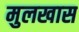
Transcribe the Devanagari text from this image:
मुलखास